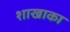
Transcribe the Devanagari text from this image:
शाखाका